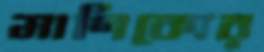
মাণিক্যের